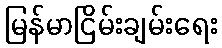
မြန်မာငြိမ်းချမ်းရေး